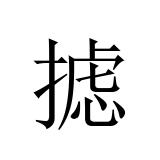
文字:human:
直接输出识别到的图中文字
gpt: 摅